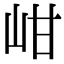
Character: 𡶑